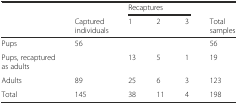
<table><thead><tr><td></td><td></td><td colspan="3"><b>Recaptures</b></td><td></td></tr><tr><td></td><td><b>Captured individuals</b></td><td><b>1</b></td><td><b>2</b></td><td><b>3</b></td><td><b>Total samples</b></td></tr></thead><tbody><tr><td>Pups</td><td>56</td><td></td><td></td><td></td><td>56</td></tr><tr><td>Pups, recaptured as adults</td><td></td><td>13</td><td>5</td><td>1</td><td>19</td></tr><tr><td>Adults</td><td>89</td><td>25</td><td>6</td><td>3</td><td>123</td></tr><tr><td>Total</td><td>145</td><td>38</td><td>11</td><td>4</td><td>198</td></tr></tbody></table>